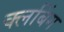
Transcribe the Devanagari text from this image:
क्लबिंग